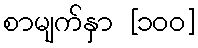
စာမျက်နှာ [၁၀၀]